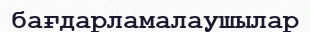
бағдарламалаушылар